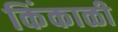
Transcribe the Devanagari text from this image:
किंकाळी